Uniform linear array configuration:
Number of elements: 12
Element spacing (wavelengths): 0.25
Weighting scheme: binomial
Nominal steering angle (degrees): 45
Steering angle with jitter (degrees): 45.658
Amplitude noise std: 0.05
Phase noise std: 0.05

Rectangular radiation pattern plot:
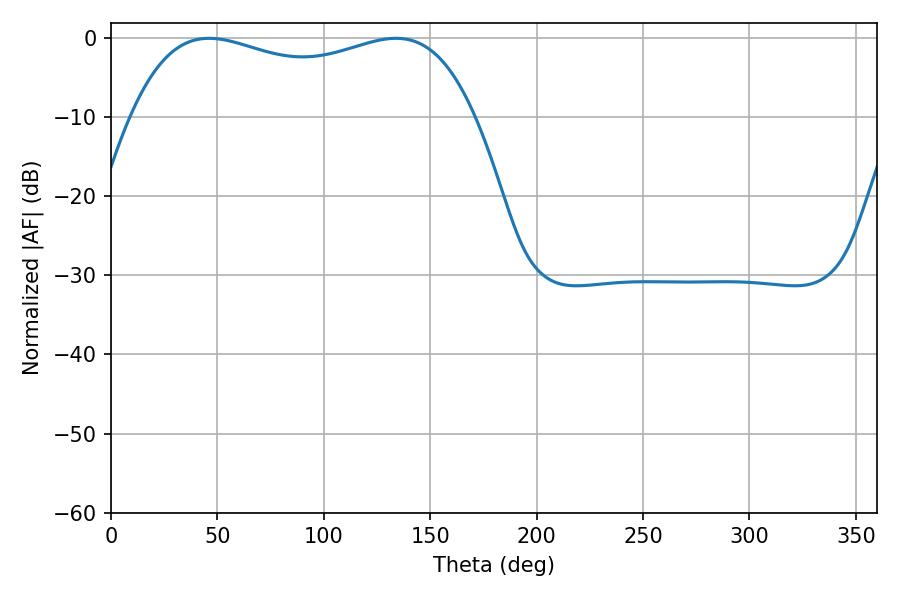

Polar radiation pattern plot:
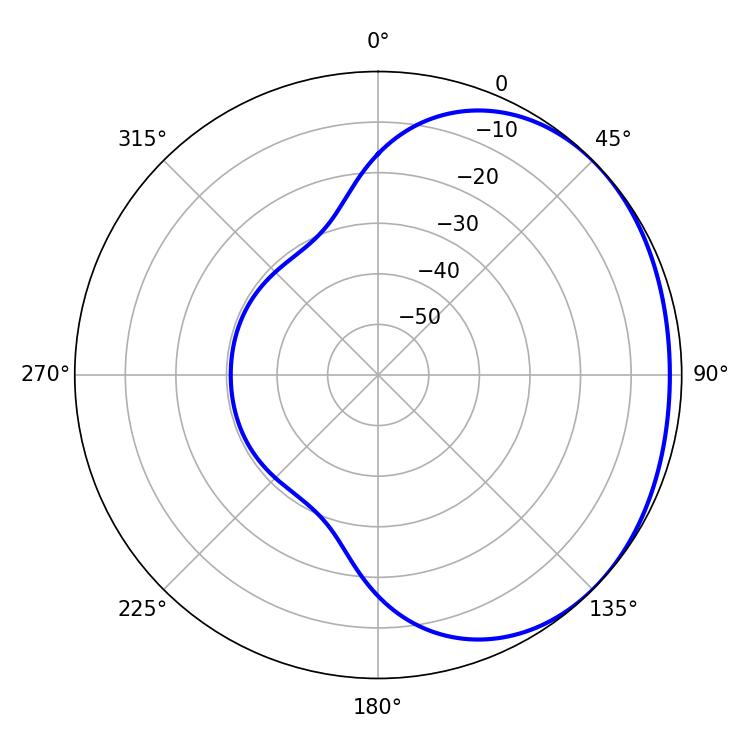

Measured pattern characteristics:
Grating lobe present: FALSE
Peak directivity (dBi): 1.359
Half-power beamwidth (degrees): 132.12
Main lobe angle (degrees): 46.08